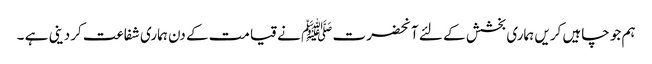
ہم جو چاہیں کریں ہماری بخشش کے لئے آنحضرت ﷺ نے قیامت کے دن ہماری شفاعت کردینی ہے ۔